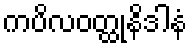
ကပိလဝတ္ထုနိဒါနံ